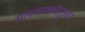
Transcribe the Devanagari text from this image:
मापनप्रणालीनुसार